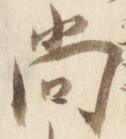
尚